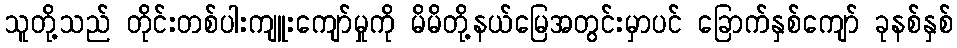
သူတို့သည် တိုင်းတစ်ပါးကျူးကျော်မှုကို မိမိတို့နယ်မြေအတွင်းမှာပင် ခြောက်နှစ်ကျော် ခုနစ်နှစ်